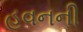
હવનની